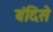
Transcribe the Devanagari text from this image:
बंदिसे